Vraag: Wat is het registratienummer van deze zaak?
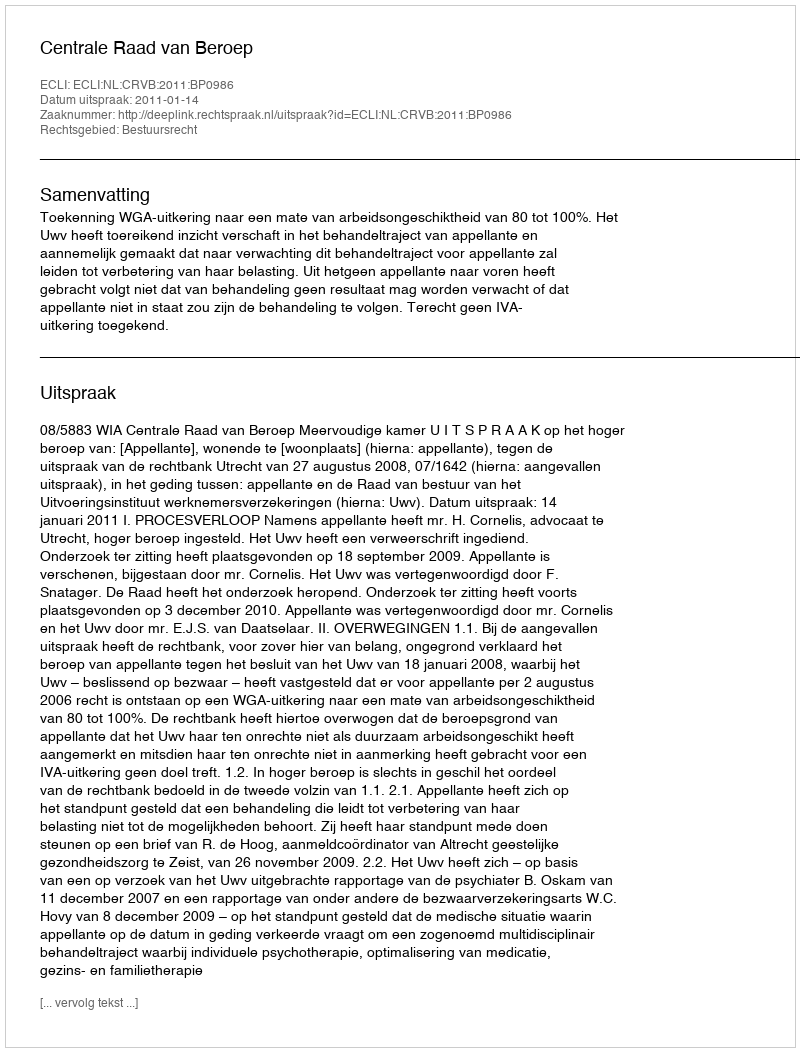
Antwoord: http://deeplink.rechtspraak.nl/uitspraak?id=ECLI:NL:CRVB:2011:BP0986